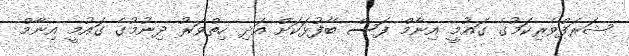
ޝަރަފްވެރިކަމުގެ ގައުމީ އިނާމް ފަސް ބޭފުޅަކަށް އަދި ހިތްވަރު ދިނުމުގެ ގައުމީ އިނާމް